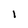
Character: I